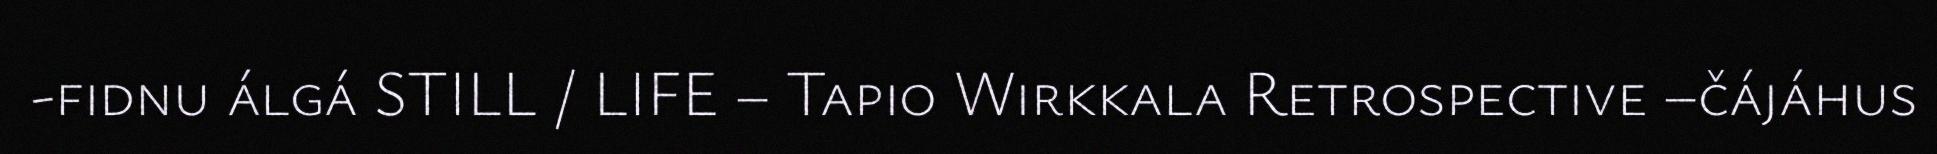
-fidnu álgá STILL / LIFE – Tapio Wirkkala Retrospective –čájáhus